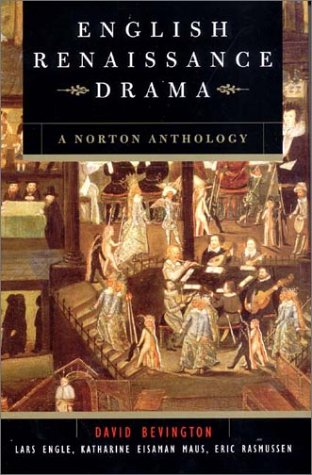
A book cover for English Renaissance Drama: A Norton Anthology; Literature & Fiction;